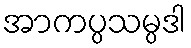
အာကပ္ပသမ္ပဒါ